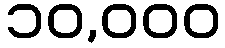
၁၀,၀၀၀